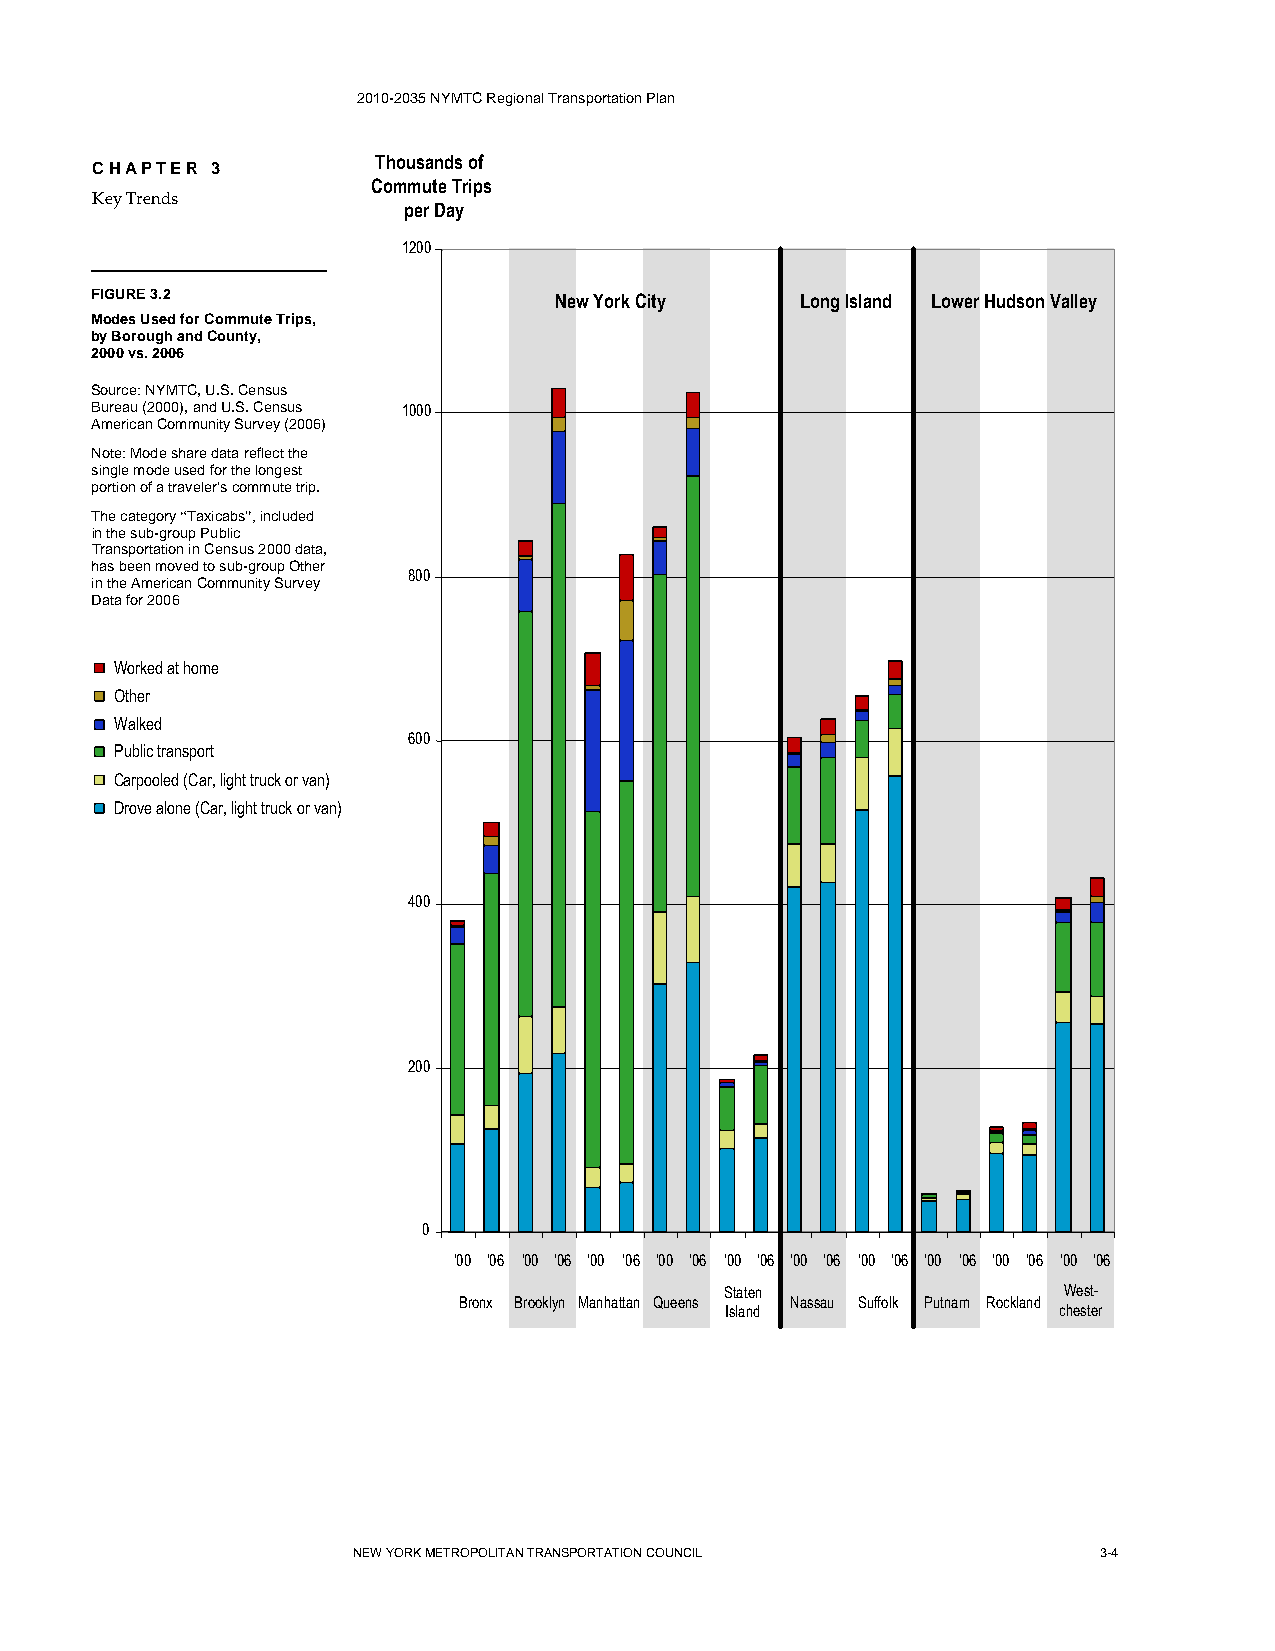
2010-2035 NYMTC Regional Transportation Plan
 TThhoouussaannddss ooff
 CHAPTER 3
 CCoommmmuuttee TTrriippss
 Key Trends
 ppeerr DDaayy
 11220000
 FIGURE 3.2                     NNeeww YYoorrkk CCiittyy LLoonngg IIssllaanndd LLoowweerr HHuuddssoonn VVaalllleeyy
 Modes Used for Commute Trips,
 by Borough and County,
 2000 vs. 2006
 Source: NYMTC, U.S. Census
 Bureau (2000), and U.S. Census 11000000
 American Community Survey (2006)
 Note: Mode share data reflect the
 single mode used for the longest
 portion of a traveler’s commute trip.
 The category “Taxicabs”, included
 in the sub-group Public
 Transportation in Census 2000 data,
 has been moved to sub-group Other
 880000
 in the American Community Survey
 Data for 2006
 WWoorrkkeedd aatt hhoommee
 OOtthheerr
 WWaallkkeedd
 660000
 PPuubblliicc ttrraannssppoorrtt
 CCaarrppoooolleedd ((CCaarr,, lliigghhtt ttrruucckk oorr vvaann))
 DDrroovvee aalloonnee ((CCaarr,, lliigghhtt ttrruucckk oorr vvaann))
 440000
 220000
 00
 ''0000 ''0066 ''0000 ''0066 ''0000 ''0066 ''0000 ''0066 ''0000 ''0066 ''0000 ''0066 ''0000 ''0066 ''0000 ''0066 ''0000 ''0066 ''0000 ''0066
 SSttaatteenn          WWeesstt--
 BBrroonnxx BBrrooookkllyynn MMaannhhaattttaann QQuueeeennss NNaassssaauu SSuuffffoollkk PPuuttnnaamm RRoocckkllaanndd
 IIssllaanndd          cchheesstteerr
 NEW YORK METROPOLITAN TRANSPORTATION COUNCIL      3-4